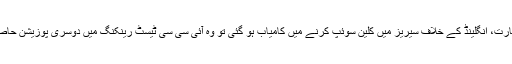
اگرمیزبان ٹیم بھارت، انگلینڈ کے خلاف سیریز میں کلین سوئپ کرنے میں کامیاب ہو گئی تو وہ آئی سی سی ٹیسٹ رینکنگ میں دوسری پوزیشن حاصل کرسکتی ہے۔